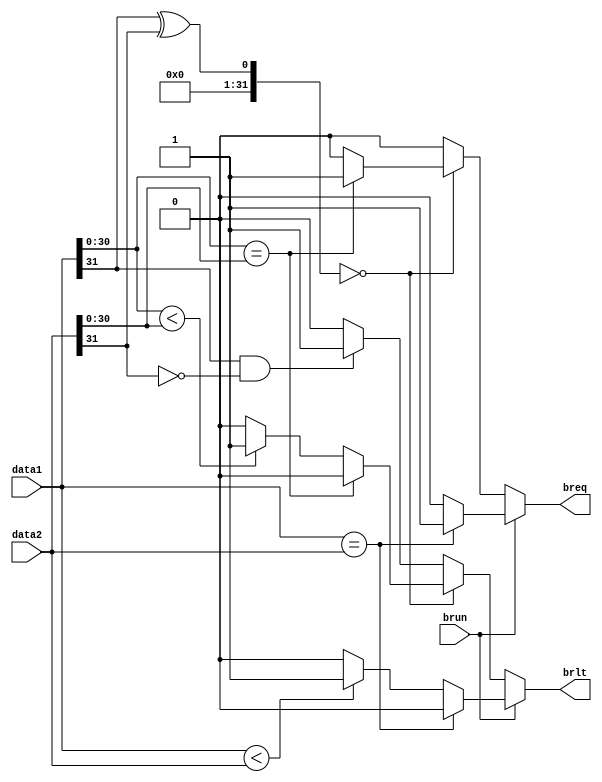
module branch (
    input [31:0] data1,
    input [31:0] data2, 
    input brun,     //1 no signal, 0 with signal
    output reg breq,
    output reg brlt
);

always @(*) begin
    if(brun == 'b0)begin	//have signal 
        if ((data1[31] ^ data2[31])==0) begin	// same 
            if (data1[30:0] == data2[30:0]) begin
                breq = 'b1;
                brlt = 'b0;
            end 
            else if (data1[30:0] < data2[30:0]) begin 
                brlt = 'b1;
                breq = 'b0;
            end 
            else begin
                breq = 'b0;
                brlt = 'b0;
            end
        end else if (data1[31]== 'b1 && data2[31]== 'b0)begin
            breq = 'b0;
            brlt = 'b1;
        end else  begin
            breq = 'b0;
            brlt = 'b0;
        end
    end else begin		// no signal 
	if (data1 == data2) begin
            breq = 'b1;
            brlt = 'b0;
        end 
        else if (data1 < data2) begin 
            brlt = 'b1;
            breq = 'b0;
        end 
        else begin
            breq = 'b0;
            brlt = 'b0;
        end
    end 
end
    
endmodule